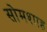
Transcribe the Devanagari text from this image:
सोमशाह